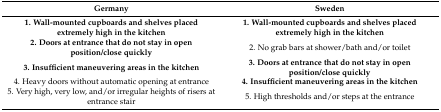
| Germany | Sweden |
 | --- | --- |
 | 1. Wall-mounted cupboards and shelves placed extremely high in the kitchen | 1. Wall-mounted cupboards and shelves placed extremely high in the kitchen |
 | 2. Doors at entrance that do not stay in open position/close quickly | 2. No grab bars at shower/bath and/or toilet |
 | 3. Insufficient maneuvering areas in the kitchen | 3. Doors at entrance that do not stay in open position/close quickly |
 | 4. Heavy doors without automatic opening at entrance | 4. Insufficient maneuvering areas in the kitchen |
 | 5. Very high, very low, and/or irregular heights of risers at entrance stair | 5. High thresholds and/or steps at the entrance |